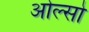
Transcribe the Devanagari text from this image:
ओल्सो